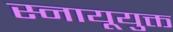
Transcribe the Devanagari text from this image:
स्नायूयुक्त